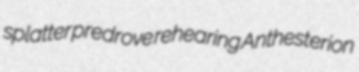
splatter predrove rehearing Anthesterion